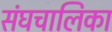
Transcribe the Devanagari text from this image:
संघचालिका